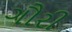
ગૌરી